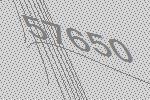
57650